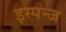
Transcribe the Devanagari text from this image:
इस्पन्ज